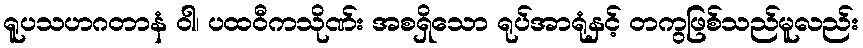
ရူပသဟဂတာနံ ဝါ၊ ပထဝီကသိုဏ်း အစရှိသော ရုပ်အာရုံနှင့် တကွဖြစ်သည်မူလည်း